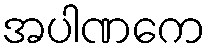
အပါဏကေ